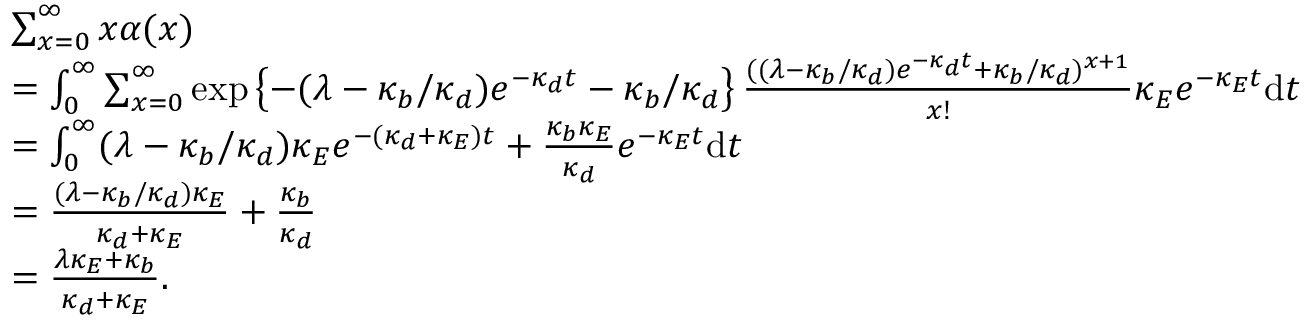
\begin{array} { r l } & { \sum _ { x = 0 } ^ { \infty } x \alpha ( x ) } \\ & { = \int _ { 0 } ^ { \infty } \sum _ { x = 0 } ^ { \infty } \exp \left\{ - ( \lambda - \kappa _ { b } / \kappa _ { d } ) e ^ { - \kappa _ { d } t } - \kappa _ { b } / \kappa _ { d } \right\} \frac { ( ( \lambda - \kappa _ { b } / \kappa _ { d } ) e ^ { - \kappa _ { d } t } + \kappa _ { b } / \kappa _ { d } ) ^ { x + 1 } } { x ! } \kappa _ { E } e ^ { - \kappa _ { E } t } \mathrm d t } \\ & { = \int _ { 0 } ^ { \infty } ( \lambda - \kappa _ { b } / \kappa _ { d } ) \kappa _ { E } e ^ { - ( \kappa _ { d } + \kappa _ { E } ) t } + \frac { \kappa _ { b } \kappa _ { E } } { \kappa _ { d } } e ^ { - \kappa _ { E } t } \mathrm d t } \\ & { = \frac { ( \lambda - \kappa _ { b } / \kappa _ { d } ) \kappa _ { E } } { \kappa _ { d } + \kappa _ { E } } + \frac { \kappa _ { b } } { \kappa _ { d } } } \\ & { = \frac { \lambda \kappa _ { E } + \kappa _ { b } } { \kappa _ { d } + \kappa _ { E } } . } \end{array}